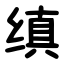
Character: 缜